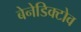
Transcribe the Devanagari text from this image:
बेनेडिक्टोव